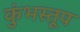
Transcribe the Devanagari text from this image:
कुंभस्तूप